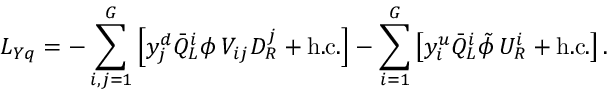
{ \cal L } _ { Y q } = - \sum _ { i , j = 1 } ^ { G } \left[ y _ { j } ^ { d } \bar { Q } _ { L } ^ { i } \phi \, V _ { i j } D _ { R } ^ { j } + \mathrm { h . c . } \right] - \sum _ { i = 1 } ^ { G } \left[ y _ { i } ^ { u } \bar { Q } _ { L } ^ { i } \tilde { \phi } \, U _ { R } ^ { i } + \mathrm { h . c . } \right] .